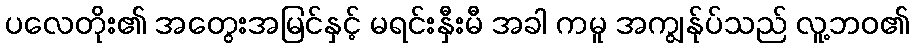
ပလေတိုး၏ အတွေးအမြင်နှင့် မရင်းနှီးမီ အခါ ကမူ အကျွန်ုပ်သည် လူ့ဘဝ၏